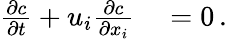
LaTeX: \begin{array}{rl}{\frac{\partial c}{\partial t}+u_{i}\frac{\partial c}{\partial x_{i}}}&{{}=0\, .}\end{array}